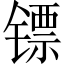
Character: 镖